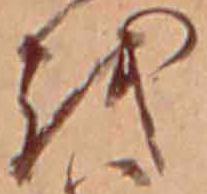
を